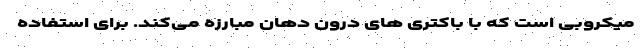
میکروبی است که با باکتری های درون دهان مبارزه می‌کند. برای استفاده